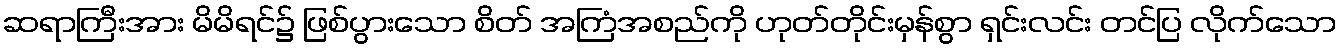
ဆရာကြီးအား မိမိရင်၌ ဖြစ်ပွားသော စိတ် အကြံအစည်ကို ဟုတ်တိုင်းမှန်စွာ ရှင်းလင်း တင်ပြ လိုက်သော